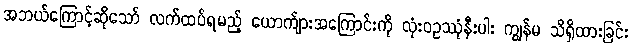
အဘယ်ကြောင့်ဆိုသော် လက်ထပ်ရမည့် ယောက်ျားအကြောင်းကို လုံးဝဥဿုံနီးပါး ကျွန်မ သိရှိထားခြင်း